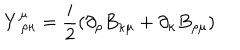
Y _ { \, \, \rho \kappa } ^ { \mu } = \frac { i } { 2 } \left( \partial _ { \rho } B _ { \kappa \mu } + \partial _ { \kappa } B _ { \rho \mu } \right)